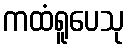
ကထံရူပေသု